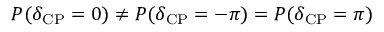
P ( \delta _ { \mathrm { C P } } = 0 ) \neq P ( \delta _ { \mathrm { C P } } = - \pi ) = P ( \delta _ { \mathrm { C P } } = \pi )